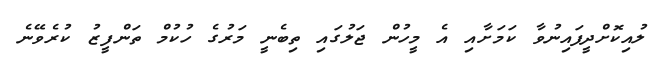
ލުއިކޮށްދީފައިނުވާ ކަމަށާއި އެ މީހުން ޖަލުގައި ތިބެނީ މަރުގެ ހުކުމް ތަންފީޒު ކުރެވޭނެ